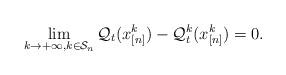
LaTeX: \begin{align*}\lim_{k \rightarrow +\infty, k \in \mathcal{S}_n } \mathcal{Q}_{t}(x_{[n]}^{k})-\mathcal{Q}_{t}^{k}(x_{[n]}^{k} )=0.\end{align*}